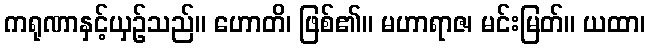
ကရုဏာနှင့်ယှဉ်သည်။ ဟောတိ၊ ဖြစ်၏။ မဟာရာဇ၊ မင်းမြတ်။ ယထာ၊